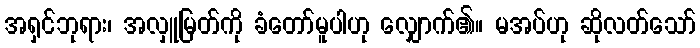
အရှင်ဘုရား၊ အလှူမြတ်ကို ခံတော်မူပါဟု လျှောက်၏။ မအပ်ဟု ဆိုလတ်သော်